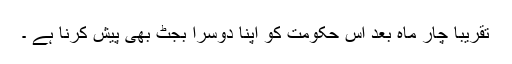
تقریباً چار ماہ بعد اس حکومت کو اپنا دوسرا بجٹ بھی پیش کرنا ہے ۔